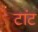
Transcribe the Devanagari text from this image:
टांट